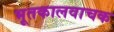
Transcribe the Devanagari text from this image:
भूतकालवाचक